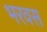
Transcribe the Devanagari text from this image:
भरवस